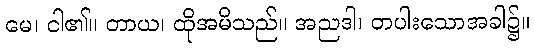
မေ၊ ငါ၏။ တာယ၊ ထိုအမိသည်။ အညဒါ၊ တပါးသောအခါ၌။